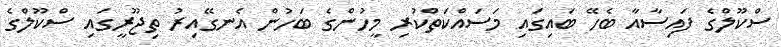
ސްކޫލްގެ ފައިސާއާ ބެހޭ ބައިގައި މަސައްކަތްކުރި މީހުންގެ ބަހުން އެނގޭއިރު ތިޖޫރީގައި ސްކޫލްގެ